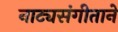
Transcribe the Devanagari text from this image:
नाट्यसंगीताने